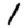
Digit: 1